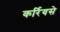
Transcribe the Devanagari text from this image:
कर्रियसे